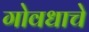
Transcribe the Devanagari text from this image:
गोवधाचे